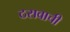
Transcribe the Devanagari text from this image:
ठरावाची